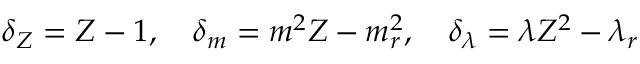
\delta _ { Z } = Z - 1 , \quad \delta _ { m } = m ^ { 2 } Z - m _ { r } ^ { 2 } , \quad \delta _ { \lambda } = \lambda Z ^ { 2 } - \lambda _ { r }